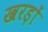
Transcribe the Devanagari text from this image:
खरड़ों